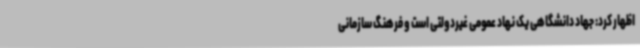
اظهار کرد: جهاد دانشگاهی یک نهاد عمومی غیردولتی است و فرهنگ سازمانی